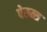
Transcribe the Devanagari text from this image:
पेरुत्स